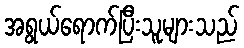
အရွယ်ရောက်ပြီးသူများသည်